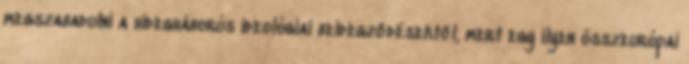
megszabadulni a hidegháborús ideológiai beidegződésektől, mert egy ilyen összeurópai